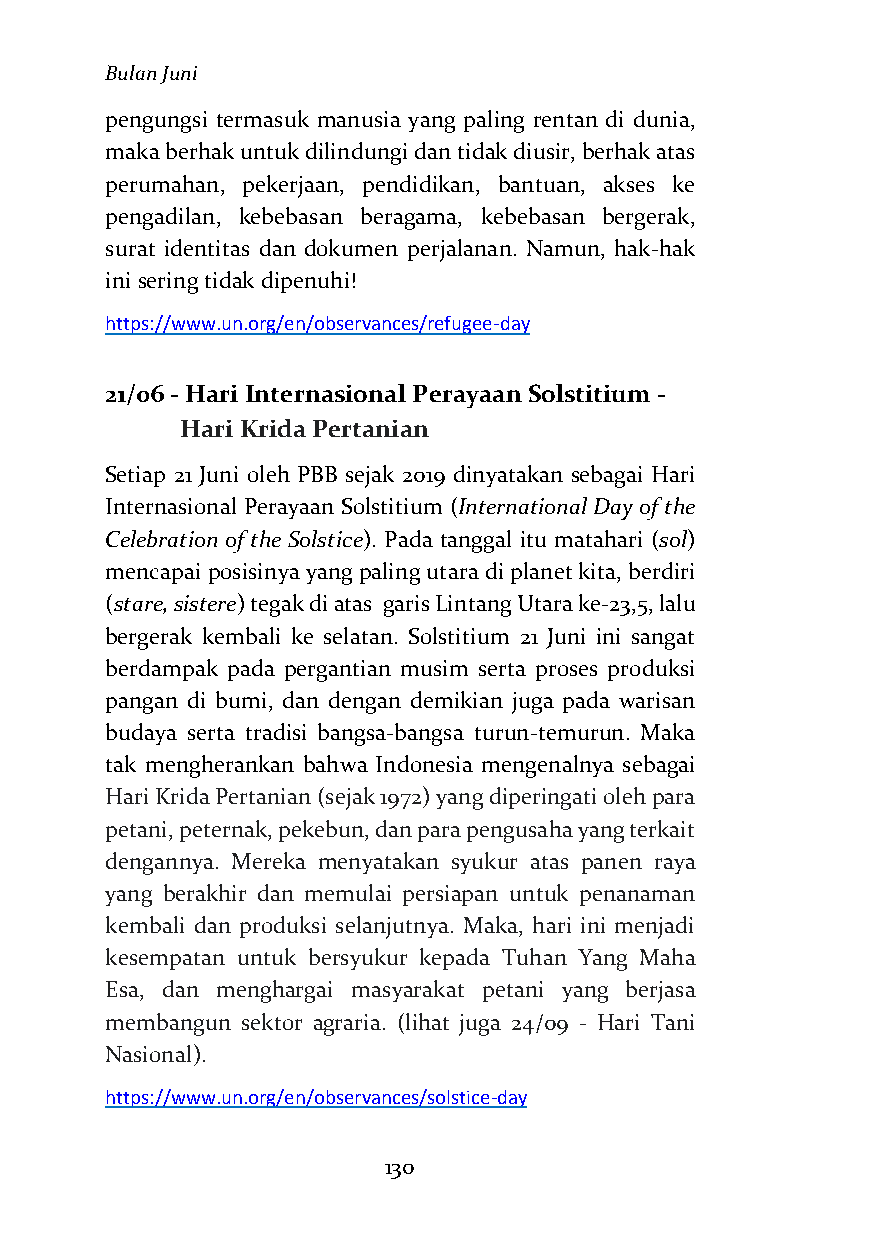
Bulan Juni
 pengungsi termasuk manusia yang paling rentan di dunia,
 maka berhak untuk dilindungi dan tidak diusir, berhak atas
 perumahan, pekerjaan, pendidikan, bantuan, akses ke
 pengadilan, kebebasan beragama, kebebasan bergerak,
 surat identitas dan dokumen perjalanan. Namun, hak-hak
 ini sering tidak dipenuhi!
 https://www.un.org/en/observances/refugee-day
 21/06 - Hari Internasional Perayaan Solstitium -
 Hari Krida Pertanian
 Setiap 21 Juni oleh PBB sejak 2019 dinyatakan sebagai Hari
 Internasional Perayaan Solstitium (International Day of the
 Celebration of the Solstice). Pada tanggal itu matahari (sol)
 mencapai posisinya yang paling utara di planet kita, berdiri
 (stare, sistere) tegak di atas garis Lintang Utara ke-23,5, lalu
 bergerak kembali ke selatan. Solstitium 21 Juni ini sangat
 berdampak pada pergantian musim serta proses produksi
 pangan di bumi, dan dengan demikian juga pada warisan
 budaya serta tradisi bangsa-bangsa turun-temurun. Maka
 tak mengherankan bahwa Indonesia mengenalnya sebagai
 Hari Krida Pertanian (sejak 1972) yang diperingati oleh para
 petani, peternak, pekebun, dan para pengusaha yang terkait
 dengannya. Mereka menyatakan syukur atas panen raya
 yang berakhir dan memulai persiapan untuk penanaman
 kembali dan produksi selanjutnya. Maka, hari ini menjadi
 kesempatan untuk bersyukur kepada Tuhan Yang Maha
 Esa, dan menghargai masyarakat petani yang berjasa
 membangun sektor agraria. (lihat juga 24/09 - Hari Tani
 Nasional).
 https://www.un.org/en/observances/solstice-day
 130